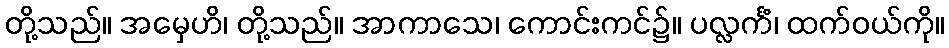
တို့သည်။ အမှေဟိ၊ တို့သည်။ အာကာသေ၊ ကောင်းကင်၌။ ပလ္လင်္ကံ၊ ထက်ဝယ်ကို။